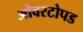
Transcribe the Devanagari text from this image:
ओवरटोपड